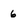
Character: 6